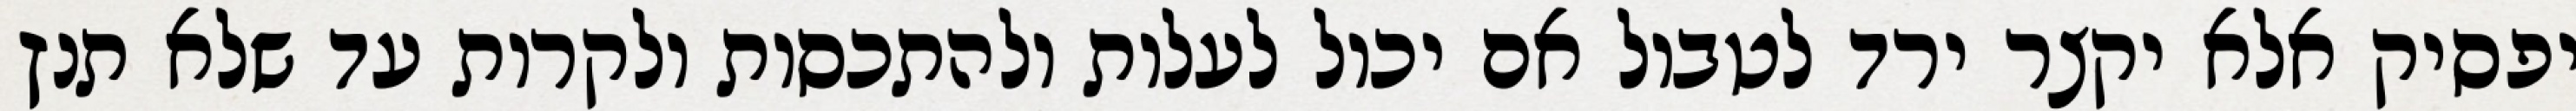
יפסיק אלא יקצר ירד לטבול אם יכול לעלות ולהתכסות ולקרות עד שלא תנץ